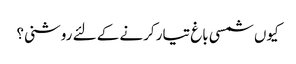
کیوں شمسی باغ تیار کرنے کے لئے روشنی؟